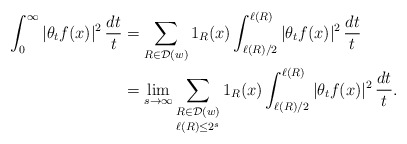
\begin{align*} \int_{0}^{\infty} |\theta_{t}f(x)|^{2} \, \frac{dt}{t} &= \sum_{R \in \mathcal{D}(w)} 1_R(x) \int_{\ell(R)/2}^{\ell(R)} |\theta_{t}f(x)|^{2} \, \frac{dt}{t} \\ &= \lim_{s \to \infty} \mathop{\sum_{R \in \mathcal{D}(w)}}_{\ell(R) \le 2^s} 1_R(x) \int_{\ell(R)/2}^{\ell(R)} |\theta_{t}f(x)|^{2} \, \frac{dt}{t}.\end{align*}